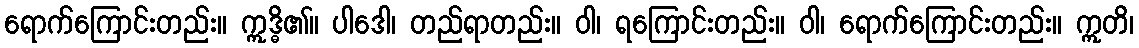
ရောက်ကြောင်းတည်း။ ဣဒ္ဓိ၏။ ပါဒေါ၊ တည်ရာတည်း။ ဝါ၊ ရကြောင်းတည်း။ ဝါ၊ ရောက်ကြောင်းတည်း။ ဣတိ၊